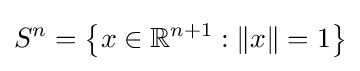
S^{n}=\left\{x\in \mathbb {R} ^{n+1}:\left\|x\right\|=1\right\}